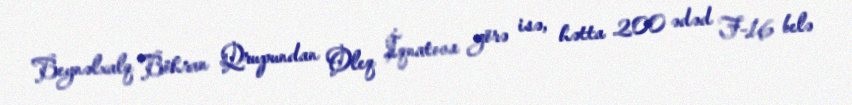
Beynəlxalq Böhran Qrupundan Oleq İqnatova görə isə, hətta 200 ədəd F-16 belə